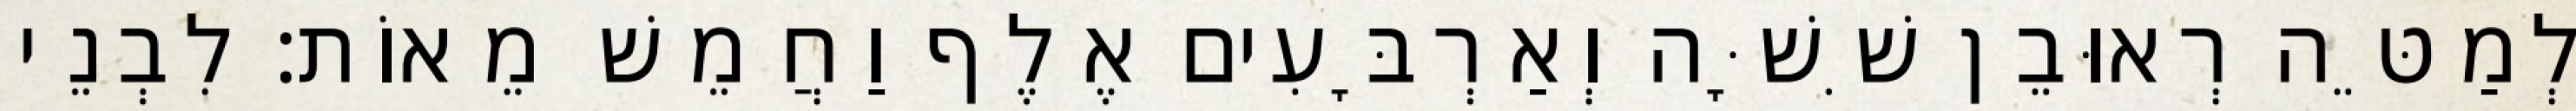
לְמַטֵּה רְאוּבֵן שִׁשָּׁה וְאַרְבָּעִים אֶלֶף וַחֲמֵשׁ מֵאוֹת׃ לִבְנֵי